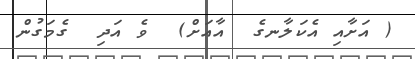
( އަށާއި އެކަލާނގެ  އާއަށް)  ވެ އަދި  ގެމަގުން